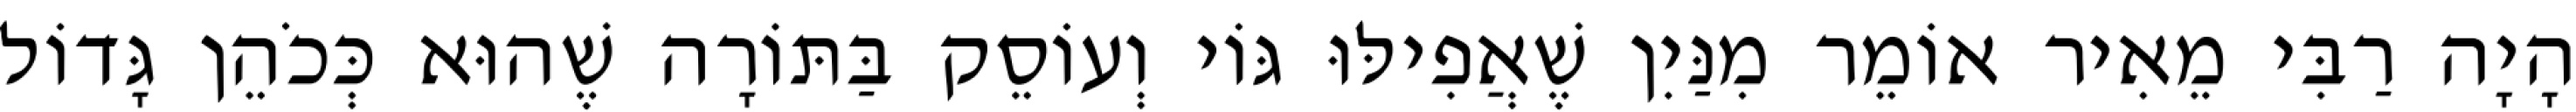
הָיָה רַבִּי מֵאִיר אוֹמֵר מִנַּיִן שֶׁאֲפִילּוּ גּוֹי וְעוֹסֵק בַּתּוֹרָה שֶׁהוּא כְּכֹהֵן גָּדוֹל